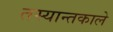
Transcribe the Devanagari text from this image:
तस्यान्तकाले